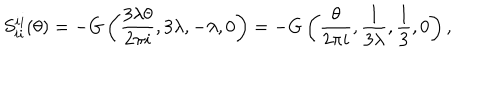
S _ { i i } ^ { i i } ( \theta ) = - G \left( \frac { 3 \lambda \theta } { 2 \pi i } , 3 \lambda , - \lambda , 0 \right) = - G \left( \frac \theta { 2 \pi i } , \frac 1 { 3 \lambda } , \frac 1 3 , 0 \right) ,